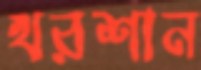
খরশান